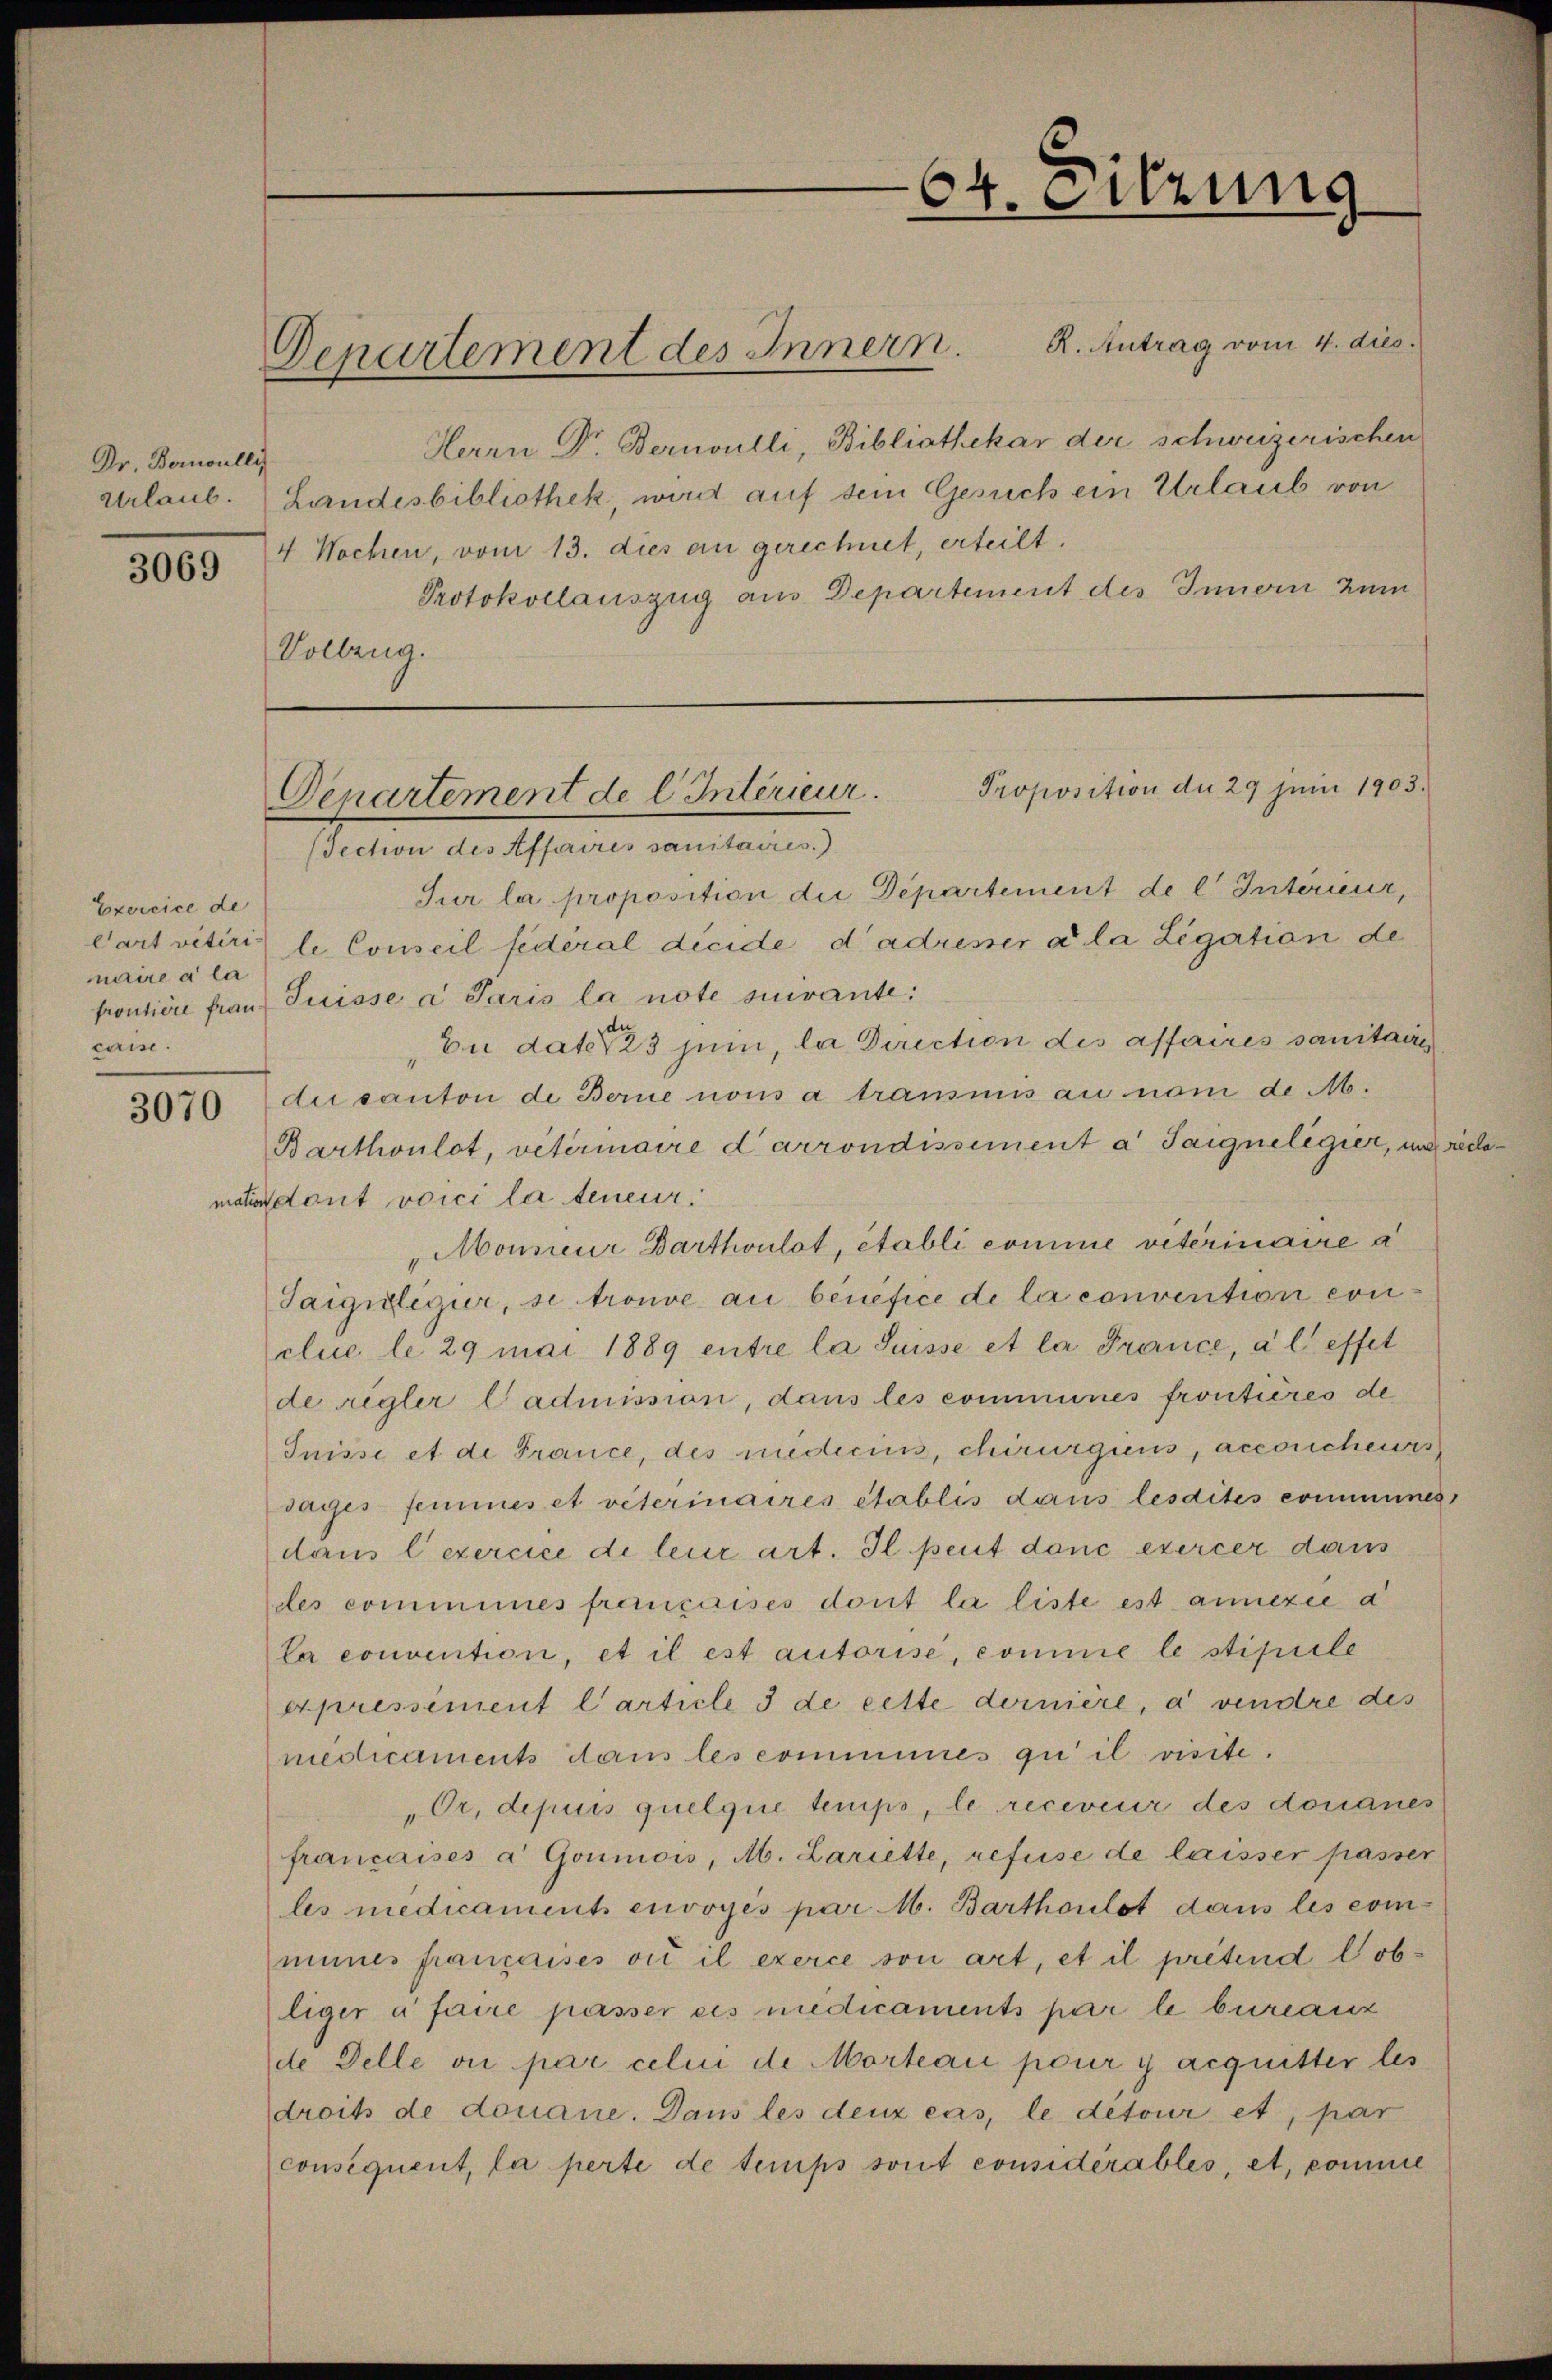
Dr. Bornoulli
3069

Exercice de
naire à la
caise.

3070

Departement des Innern. R. Antrag vom 4. dies

64. Sitzung

Jection des Affaires sanitaires.)
Sur la proposition die Departement de l Interieur,
Cart vitiri le Conseil fédéral dicide d’adusser a la Legation de
frontiere Frau Puisse a Paris la note surante:
Eu dato 23 juni, la Direction des affaires sanitaire
di canton de Berne nous a transmis au nam de M.
Barthoulot, veterinaire darrondissement a Saignelegier, und rechemata dont voici la teneur.
Monneur Barthoulot, établi comme viterinaire a
Taigiligur, se trouve au bénéfice de la convention con
clue le 29 mai 1889 entre la Suisse et la France, à l’effet
de regler Cadmission, dans les communes frontières de
Suisse et de France, des medicius, chirurgiens, accouchens
sages femmes et veterinaires établis dans lesdites communes
dans l’exercice di leur art. Il peut danc exercer dans
des commines françaises dont la liste est annexee d
la convention, et il est autorise, comme le stipule
erpressiment Carticle 3 de cette dernière, a vendre des
medicaments dans les commines qu’ il visite.
„Or, depuis quelque temps, le receveur des donanes
francarises à Goumois, Ab. Lariette, refuse de laisser passer
les medicaments envoyés par M. Barthoulot dans les commines françaises vis il exerce son art, et il pretend lobliger à faire passer eis medicaments par le bureauz
de Delle ou par celui de Morteau pour y acquitter les
droits de douane. Dans les deux cas, le detour et, par
consequent, la perte de temps sont considérables, et, comme

Herrn Dr. Bernoulli, Bibliothekar der schweizerischen
Urlaub. (Landesbibliothek, wird auf dem Gesuch ein Urlaub von
4 Wochen, vom 13. dies an gerechnet, erteilt.
Protokollauszug aus Departement des Innern zum
Vollzug.

Proposition du 29 Juni 1903.
Departement de l. Intérieur.